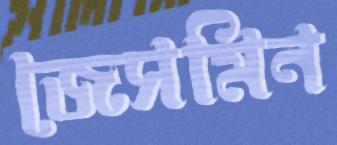
জেসমিন